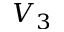
V _ { 3 }